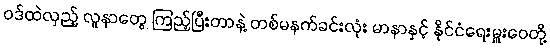
ဝဒ်ထဲလှည့် လူနာတွေ ကြည့်ပြီးတာနဲ့ တစ်မနက်ခင်းလုံး မာနာနှင့် နိုင်ငံရေးမှူးဝေတို့